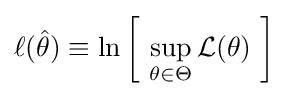
\ell ({\hat {\theta }})\equiv \ln \left[~\sup _{\theta \in \Theta }{\mathcal {L}}(\theta )~\right]~